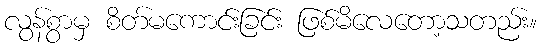
လွန်စွာမှ စိတ်မကောင်းခြင်း ဖြစ်မိလေတော့သတည်း။